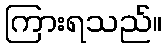
ကြားရသည်။